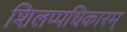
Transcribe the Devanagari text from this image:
शिलप्पधिकारम्‌